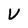
Character: V